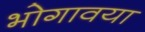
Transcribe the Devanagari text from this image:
भोगावया